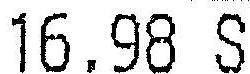
16.98 S